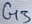
Text: G3